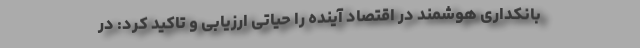
بانکداری هوشمند در اقتصاد آینده را حیاتی ارزیابی و تاکید کرد: در